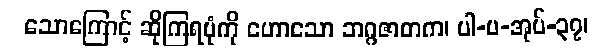
သောကြောင့် ဆိုကြရပုံကို ဟောသော ဘဂ္ဂဇာတက၊ ပါ-ပ-အုပ်-၃၇၊